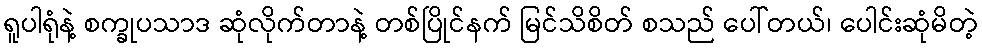
ရူပါရုံနဲ့ စက္ခုပသာဒ ဆုံလိုက်တာနဲ့ တစ်ပြိုင်နက် မြင်သိစိတ် စသည် ပေါ်တယ်၊ ပေါင်းဆုံမိတဲ့